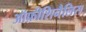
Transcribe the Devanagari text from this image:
ऑफ़ीशिनैलिस